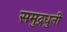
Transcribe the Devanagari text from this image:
समुद्रधुनी